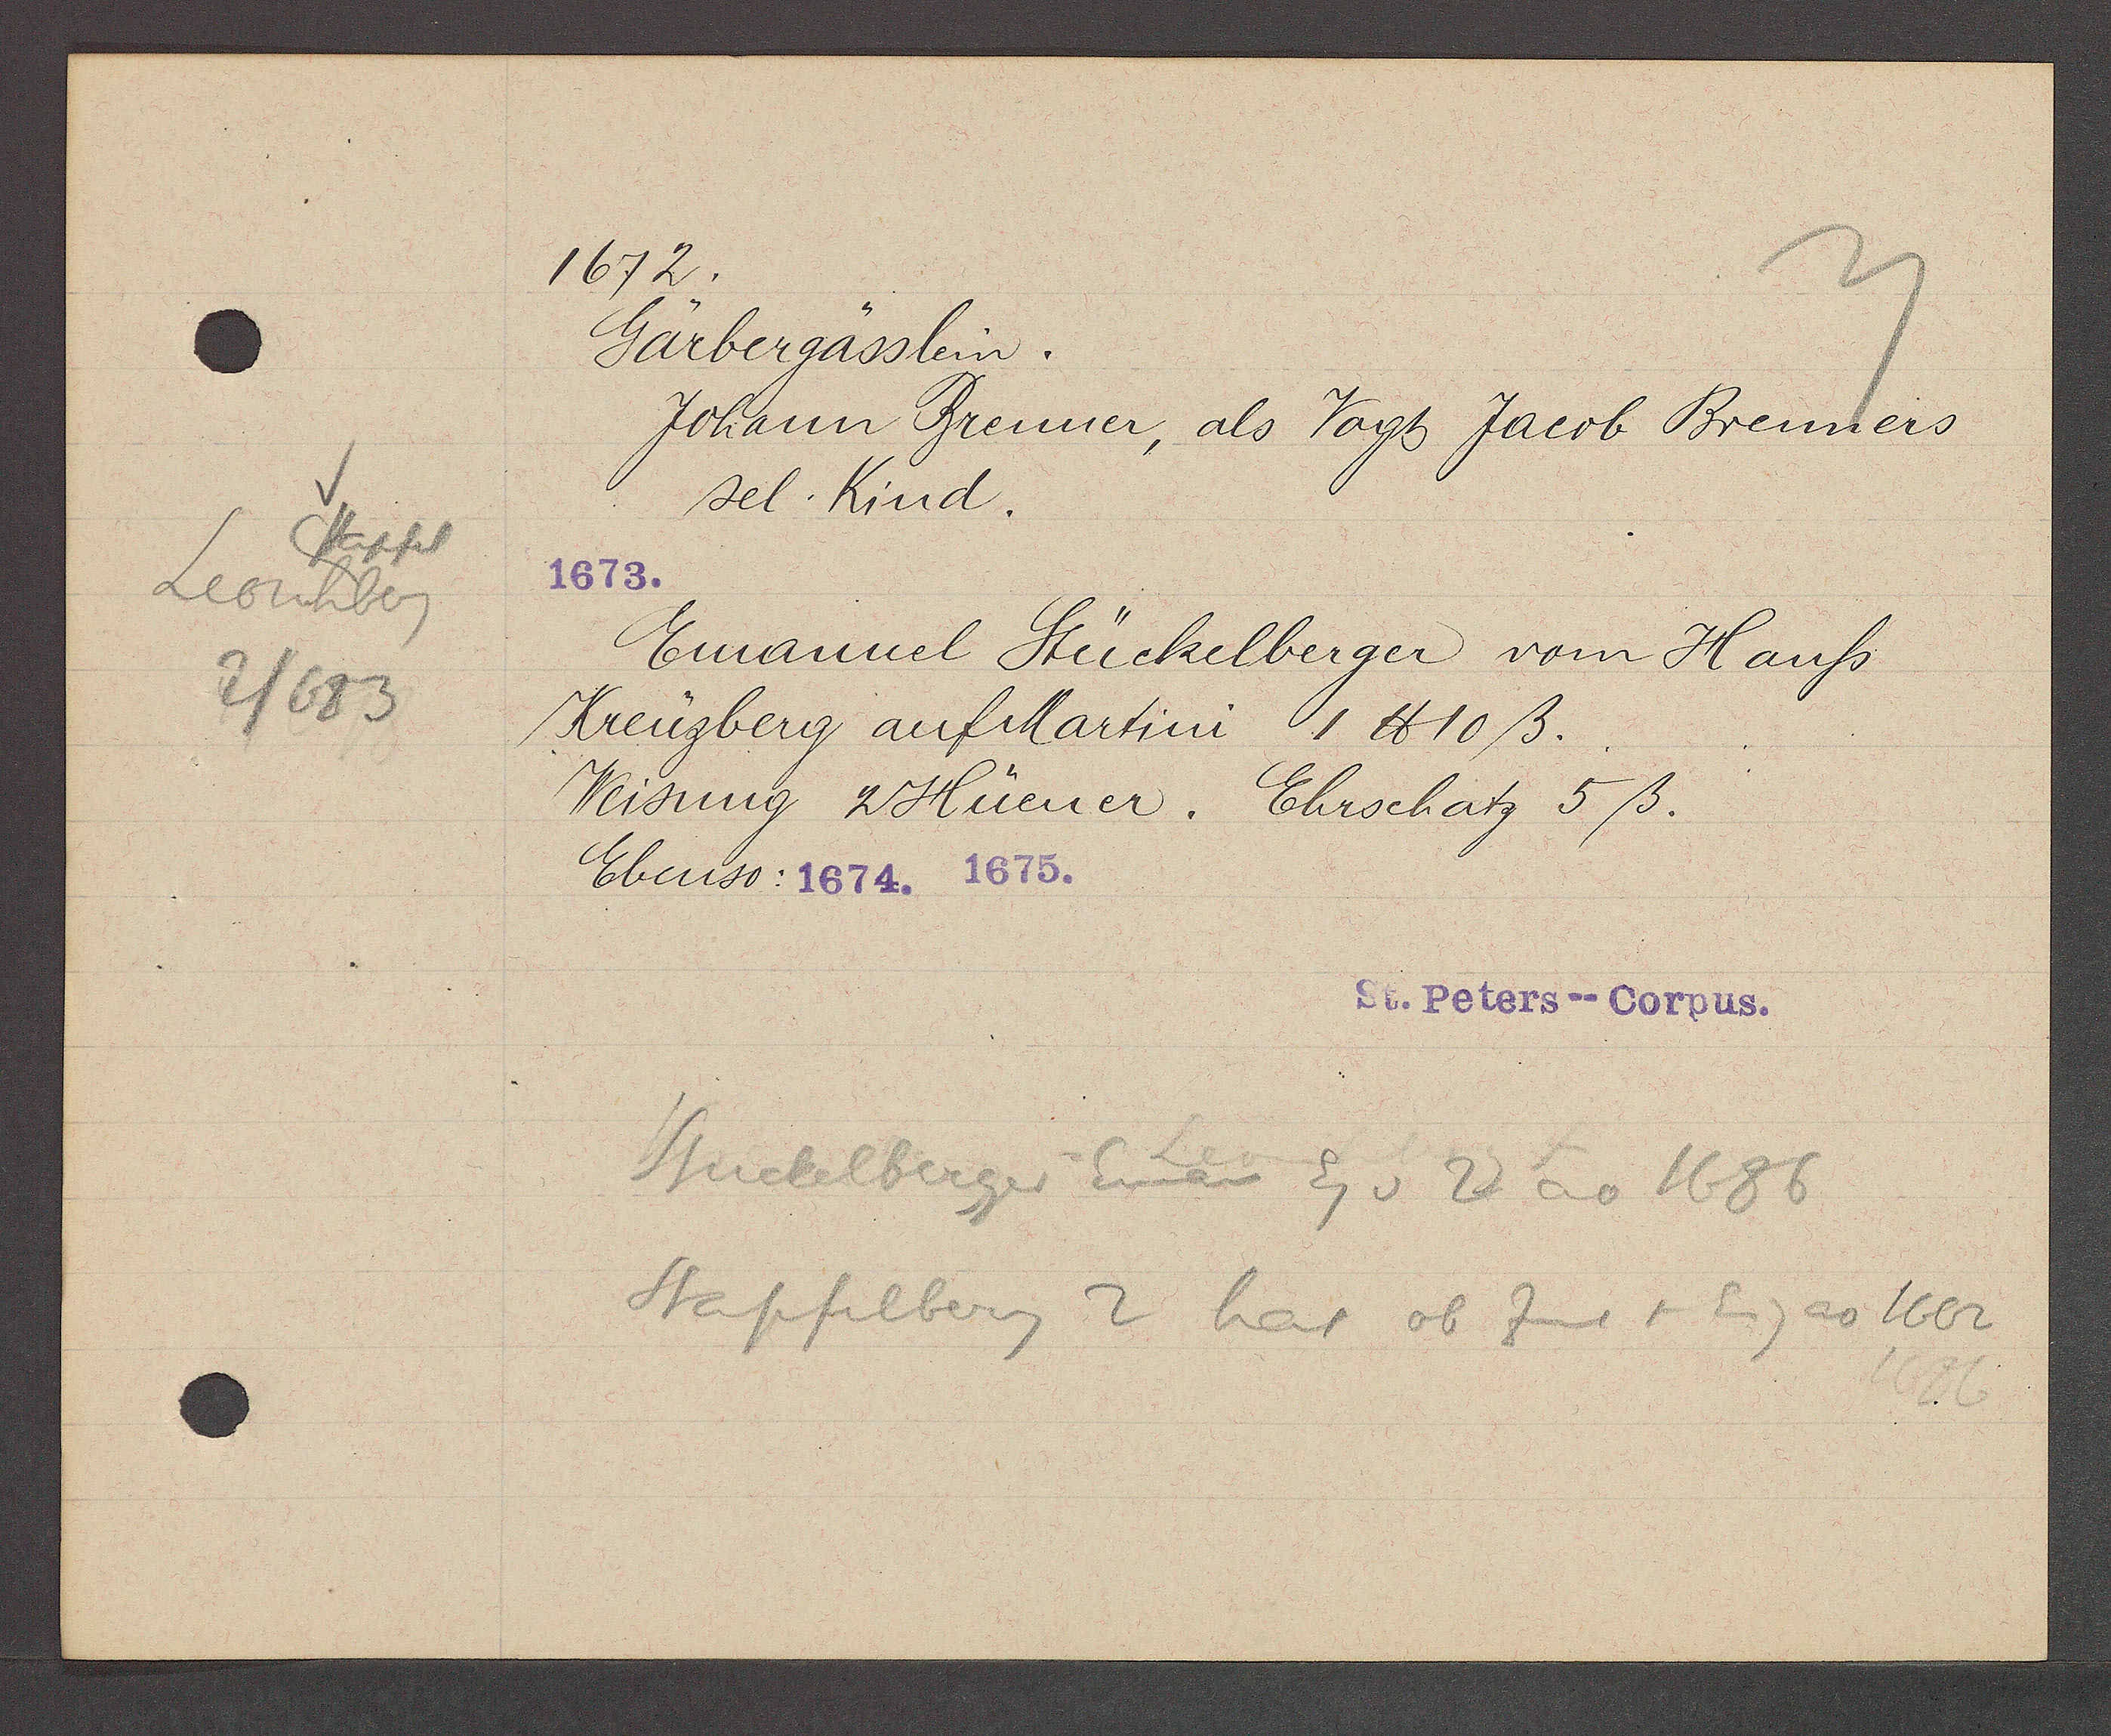
Transcript:
Stapf
Leonhberg
2/683

1672.

Gärbergässlein.
Johann Brenner, als Vogt Jacob Brenners
sel. Kind.
1673.
Emanuel Stückelberger vom Hauss
Kreuzberg auf Martini 1 ℔ 10 ß.
Weisung 2 Hüener. Ehrschatz 5ß.
Ebenso: 1674. 1675.

St. Peters--Corpus.

Stückelberger Eman Eg v 2 ao 1686
Stapfelberg 2 hat ob Zins + Eig ao 1662